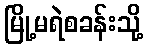
မြို့မရဲစခန်းသို့